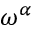
\omega ^ { \alpha }